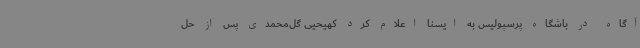
آگاه در باشگاه پرسپولیس به ایسنا اعلام کرد کهیحیی گل‌محمدی پس از حل